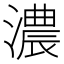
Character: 濃